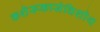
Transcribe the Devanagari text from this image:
कशेरूकासंधिशोथ